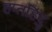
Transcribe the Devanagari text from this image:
हप्तहिंदु